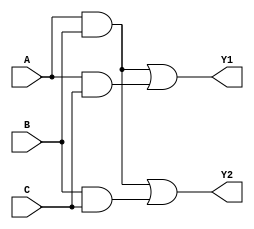
module jewel_pal (
    input wire A,    // Input 1
    input wire B,    // Input 2
    input wire C,    // Input 3
    output wire Y1,  // Output 1
    output wire Y2   // Output 2
);

// Programmable AND gates
wire and1; // AND gate output for first product term
wire and2; // AND gate output for second product term
wire and3; // AND gate output for third product term

// Example Product Terms - Programmable AND Array
assign and1 = A & B;          // Example: A AND B
assign and2 = A & C;          // Example: A AND C
assign and3 = B & C;          // Example: B AND C

// Fixed OR Array
assign Y1 = and1 | and2;      // Y1 = (A AND B) OR (A AND C)
assign Y2 = and1 | and3;      // Y2 = (A AND B) OR (B AND C)

endmodule